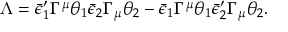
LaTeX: \Lambda = \bar { \epsilon } _ { 1 } ^ { \prime } \Gamma ^ { \mu } \theta _ { 1 } \bar { \epsilon } _ { 2 } \Gamma _ { \mu } \theta _ { 2 } - \bar { \epsilon } _ { 1 } \Gamma ^ { \mu } \theta _ { 1 } \bar { \epsilon } _ { 2 } ^ { \prime } \Gamma _ { \mu } \theta _ { 2 } .